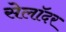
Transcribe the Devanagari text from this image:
सेलॉदर